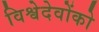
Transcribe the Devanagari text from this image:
विश्वेदेवोंको